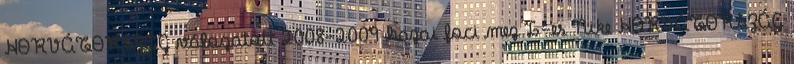
HORVÁTORSZÁG válogatott 2008-2009 hazai foci mez L-es Nike HORVÁTORSZÁG